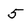
Character: 5